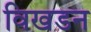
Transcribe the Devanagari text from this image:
विखडन